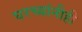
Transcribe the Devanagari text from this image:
घरच्यांनीही